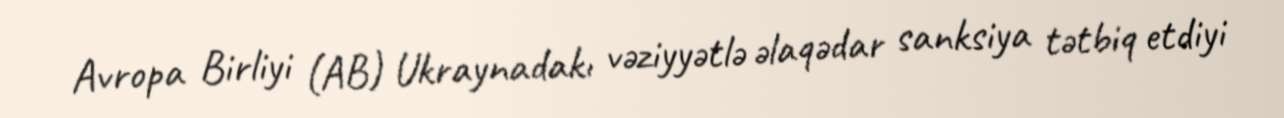
Avropa Birliyi (AB) Ukraynadakı vəziyyətlə əlaqədar sanksiya tətbiq etdiyi